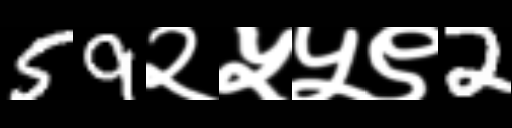
Text: 59२५५९2